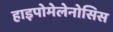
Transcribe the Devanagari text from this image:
हाइपोमेलेनोसिस